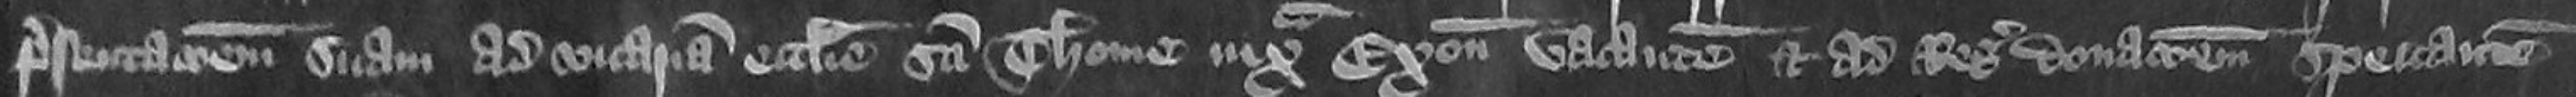
presentationem suam ad vicariam ecclesie Sancti Thome iuxta Exoniam vacantem et ad Regis donationem spectantem